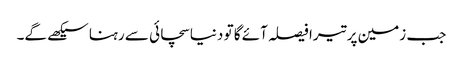
جب زمین پر تیرا فیصلہ آئے گا تو دنیا سچائی سے رہنا سیکھے گے۔